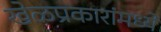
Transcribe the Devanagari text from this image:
खेळप्रकारांमध्ये